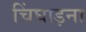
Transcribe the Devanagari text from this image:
चिंघाड़ना